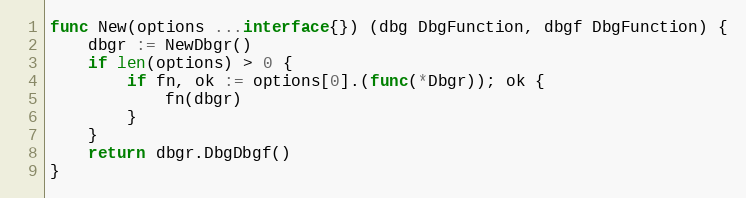
Language: Go
func New(options ...interface{}) (dbg DbgFunction, dbgf DbgFunction) {
	dbgr := NewDbgr()
	if len(options) > 0 {
		if fn, ok := options[0].(func(*Dbgr)); ok {
			fn(dbgr)
		}
	}
	return dbgr.DbgDbgf()
}